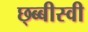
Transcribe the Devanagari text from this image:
छ्ब्बीस्वी